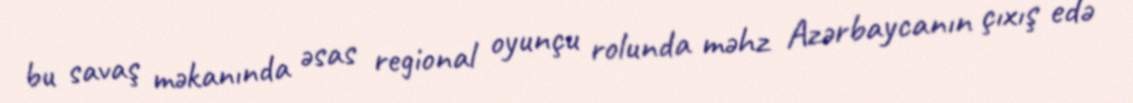
bu savaş məkanında əsas regional oyunçu rolunda məhz Azərbaycanın çıxış edə